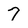
Character: 7